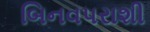
બિનવપરાશી